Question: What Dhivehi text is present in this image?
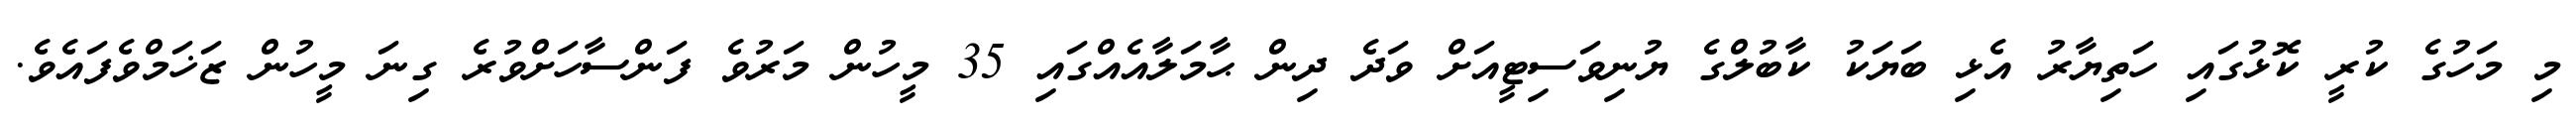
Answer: މި މަހުގެ ކުރީ ކޮޅުގައި ހަތިޔާރު އެޅި ބަޔަކު ކާބުލްގެ ޔުނިވަސިޓީއަށް ވަދެ ދިން ޙާމަލާއެއްގައި 35 މީހުން މަރުވެ ފަންސާހަށްވުރެ ގިނަ މީހުން ޒަޚަމްވެފައެވެ.